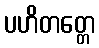
ပဟိတတ္တေ